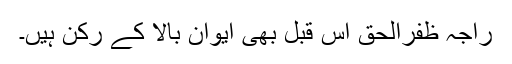
راجہ ظفرالحق اس قبل بھی ایوان بالا کے رکن ہیں۔